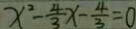
x ^ { 2 } - \frac { 4 } { 3 } x - \frac { 4 } { 3 } = 0